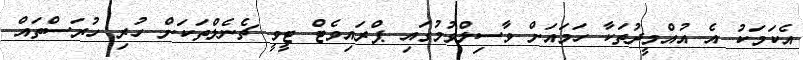
އެކަމަކު އެ އުއްމީދުތަކާ ހަމައަށް ވާސިލްވުމުގައި ޕްރައިވެޓް ޓީވީ ޗެނެލްތަކަށް ހުރި ހުރަސްތައް